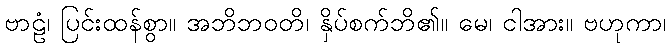
ဗာဠံ၊ ပြင်းထန်စွာ။ အဘိဘဝတိ၊ နှိပ်စက်ဘိ၏။ မေ၊ ငါအား။ ဗဟုကာ၊